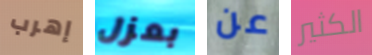
إهرب بعزل عن الكثير